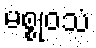
မစ္စုဝသံ